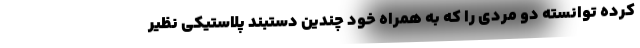
کرده توانسته دو مردی را که به همراه خود چندین دستبند پلاستیکی نظیر